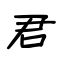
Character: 君